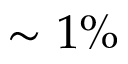
\sim 1 \%